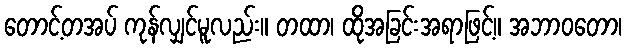
တောင့်တအပ် ကုန်လျှင်မူလည်း။ တထာ၊ ထိုအခြင်းအရာဖြင့်။ အဘာဝတော၊